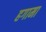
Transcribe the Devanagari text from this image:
हगामा